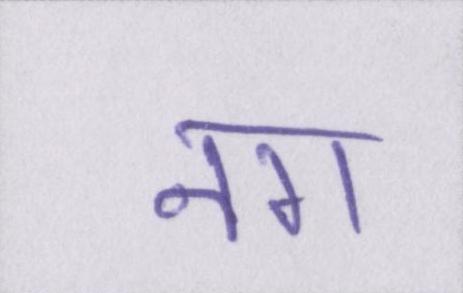
नग